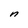
Character: n